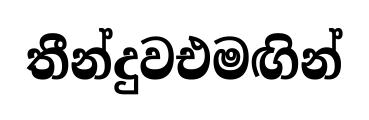
තීන්දුවඑමඟින්